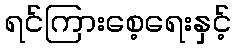
ရင်ကြားစေ့ရေးနှင့်